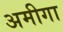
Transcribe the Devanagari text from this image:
अमीगा